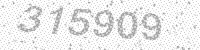
Solution: 315909